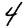
Digit: 4